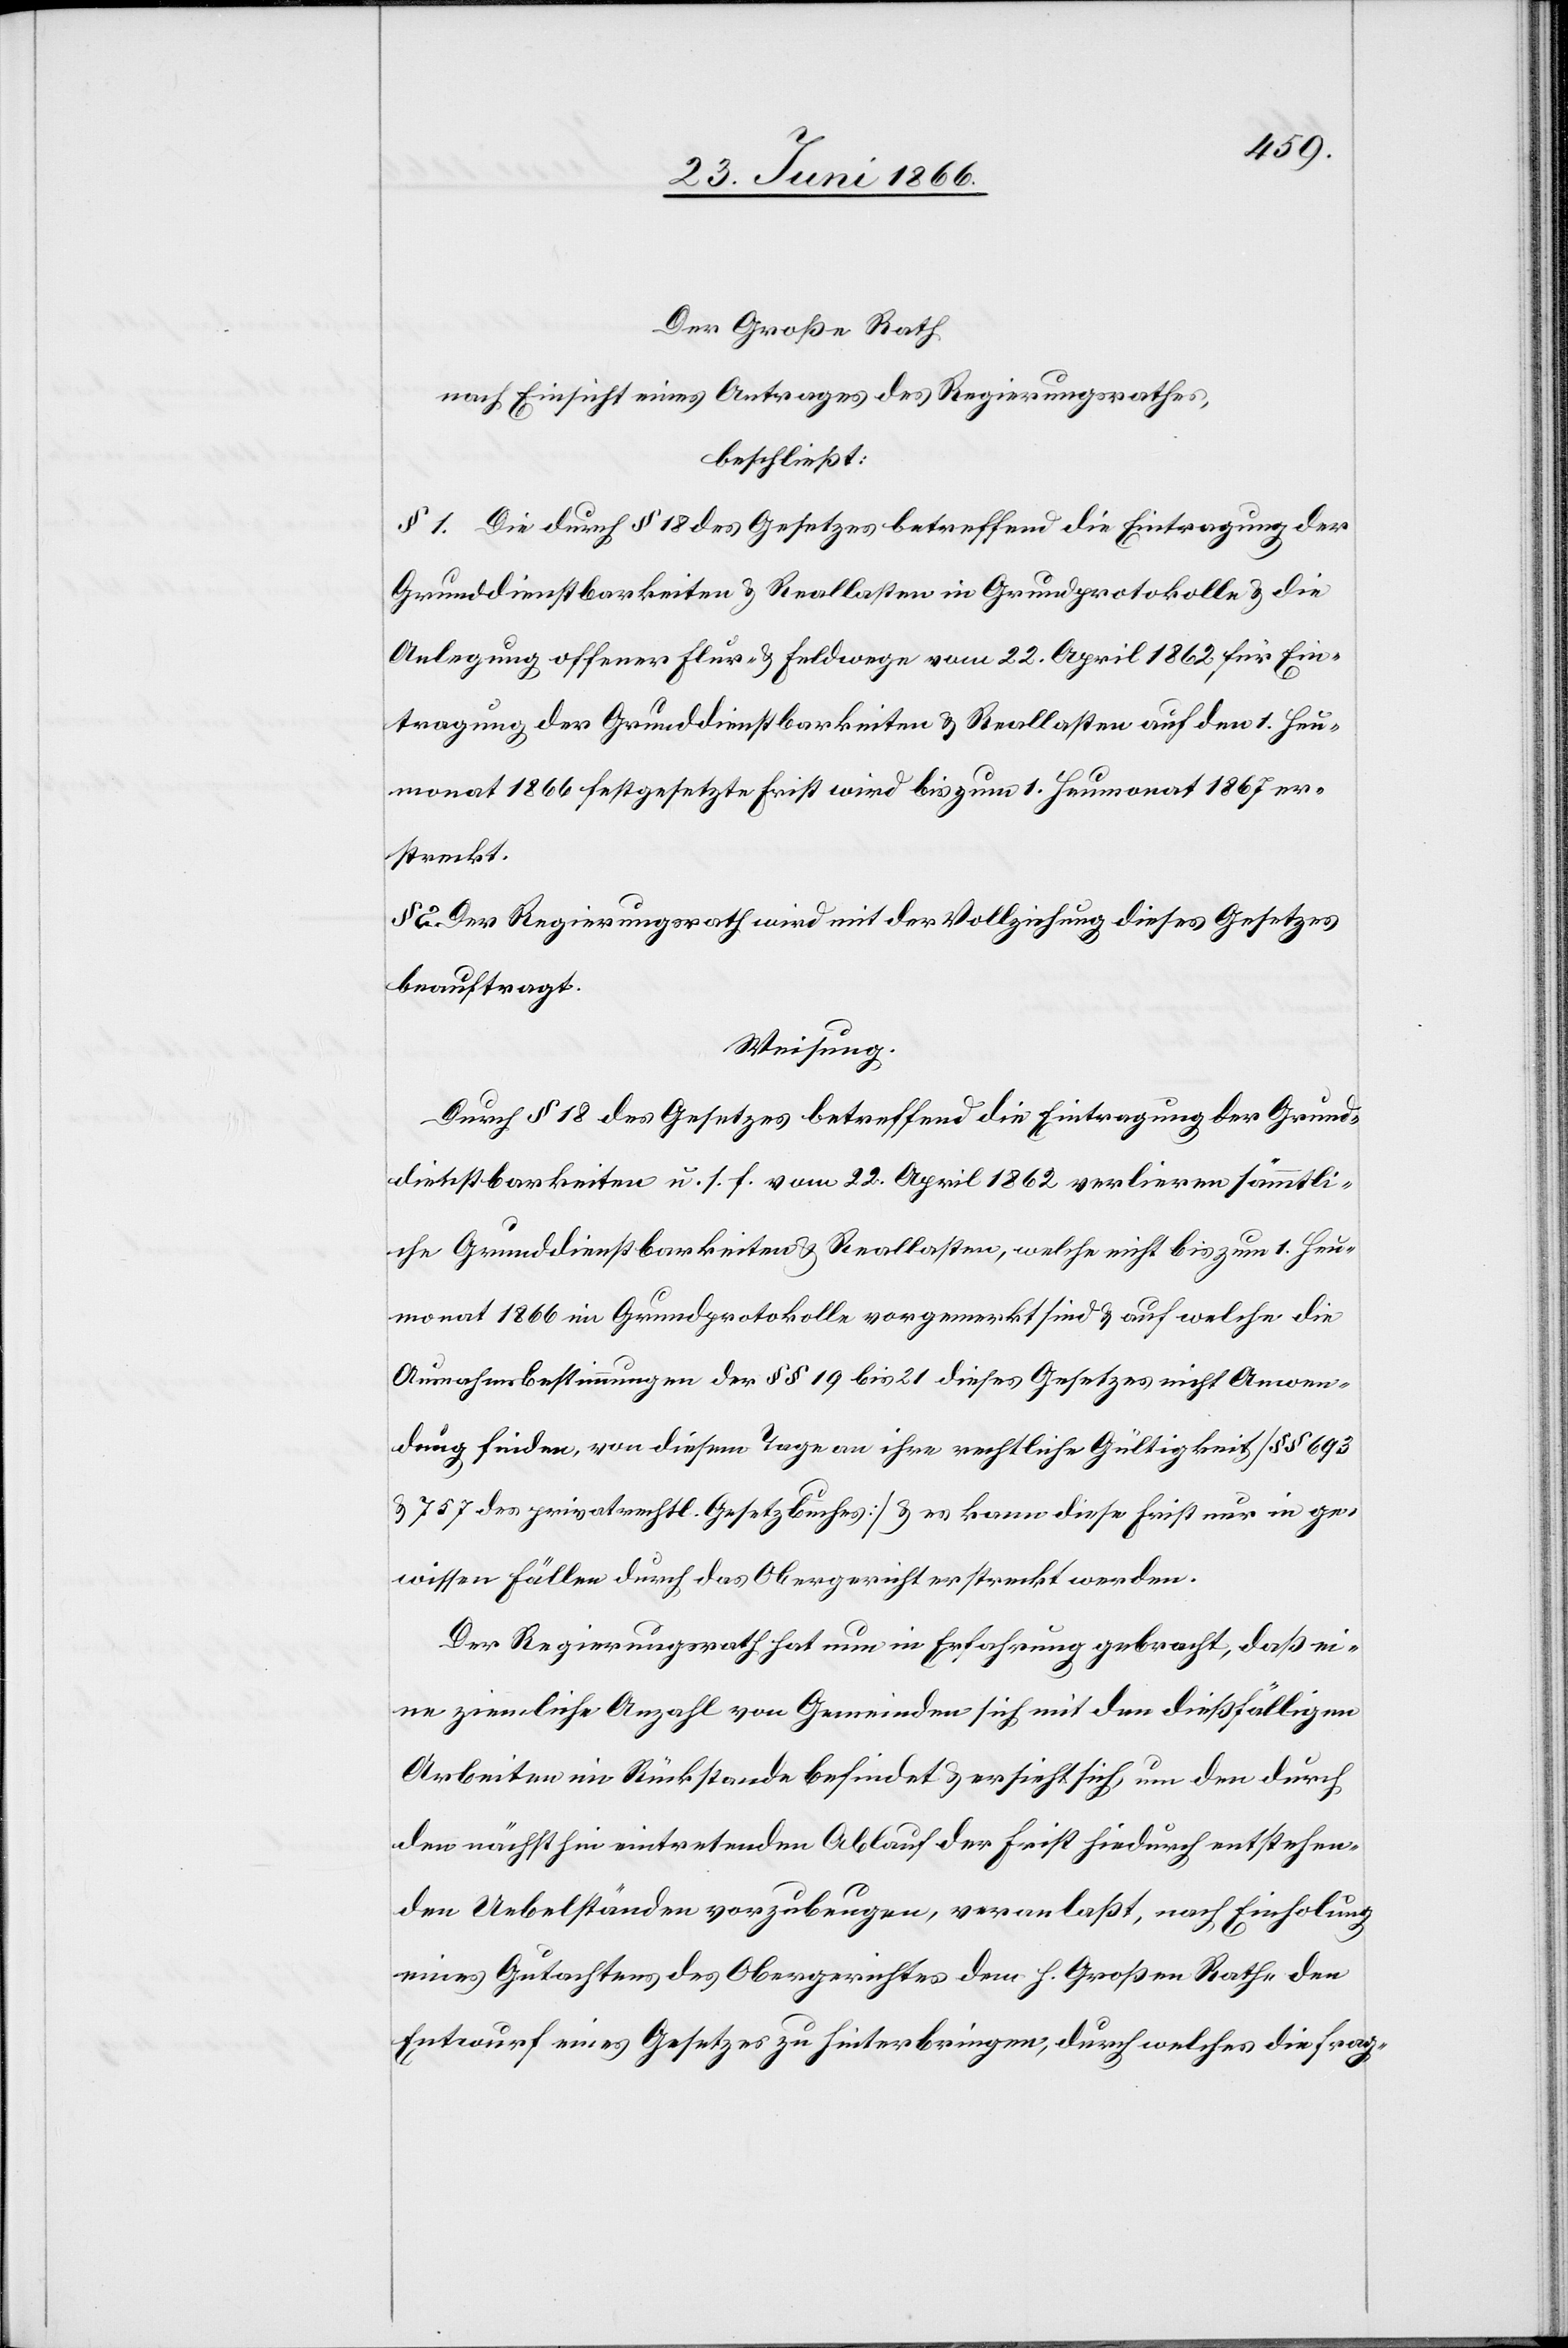
Der Große Rath,
nach Einsicht eines Antrages des Regierungsrathes,
beschließt:
§ 1. Die durch § 18 des Gesetzes betreffend die Eintragung der
Grunddienstbarkeiten u. Reallasten in Grundprotokolle u. die
Anlegung offener Flur- u. Feldwege vom 22. April 1862 für Ein¬
tragung der Grunddienstbarkeiten u. Reallasten auf den 1. Heu¬
monat 1866 festgesetzte Frist wird bis zum 1. Heumonat 1867 er¬
streckt.
§ 2. Der Regierungsrath wird mit der Vollziehung dieses Gesetzes
beauftragt.
Weisung.
Durch § 18 des Gesetzes betreffend die Eintragung der Grund¬
dienstbarkeiten u. s. f. vom 22. April 1862 verlieren sämmtli¬
che Grunddienstbarkeiten u. Reallasten, welche nicht bis zum 1. Heu¬
monat 1866 im Grundprotokolle vorgemerkt sind u. auf welche die
Ausnahmsbestimmungen der § § 19 bis 21 dieses Gesetzes nicht Anwen¬
dung finden, von diesem Tage an ihre rechtliche Gültigkeit [§ § 693
u. 757 des privatrechtl. Gesetzbuches] u. es kann diese Frist nur in ge¬
wissen Fällen durch das Obergericht erstreckt werden.
Der Regierungsrath hat nun in Erfahrung gebracht, daß ei¬
ne ziemliche Anzahl von Gemeinden sich mit den dießfälligen
Arbeiten im Rückstande befindet u. ersieht sich, um den durch
den nächsthin eintretenden Ablauf der Frist hiedurch entstehen¬
den Uebelständen vorzubeugen, veranlaßt, nach Einholung
eines Gutachtens des Obergerichtes dem h. Großen Rathe den
Entwurf eines Gesetzes zu hinterbringen, durch welches die frag-